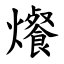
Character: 爘